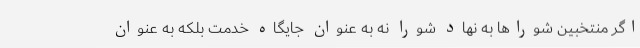
اگر منتخبین شوراها به نهاد شورا نه به عنوان جایگاه خدمت بلکه به عنوان